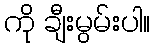
ကို ချီးမွမ်းပါ။